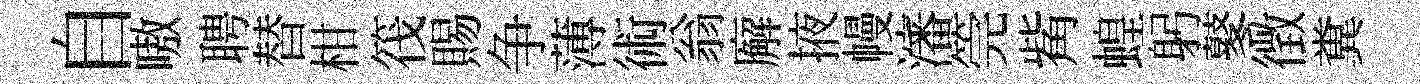
自嗷聘替柑筏賜争薄術翁廨掖幔瀋筦觜蝗躬鼕徴糞